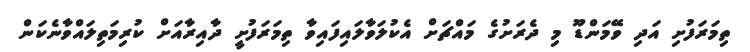
ތިމަރަފުށި އަދި ވޭމަންޑޫ މި ދެރަށުގެ މައްޗަށް އެކުލަވާލައިފައިވާ ތިމަރަފުށީ ދާއިރާއަށް ކުރިމަތިލައްވާނެކަން